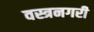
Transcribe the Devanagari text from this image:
वस्त्रनगरी